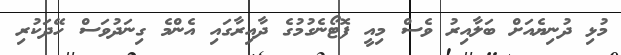
މުޅި ދުނިޔެއަށް ބަލާއިރު ވެސް މިއީ ފޮޓޯނެގުމުގެ ދާއިރާގައި އެންމެ ގިނަދުވަސް ހޭދަކުރި